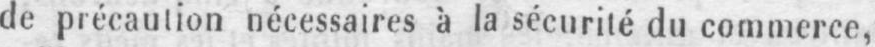
de précaution nécessaires à la sécurité du commerce,